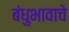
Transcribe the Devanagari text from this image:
बंधुभावाचे